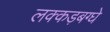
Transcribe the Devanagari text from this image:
लक्कड़बग्घे